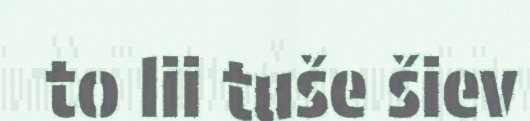
to lii tuše šiev